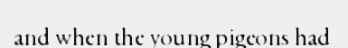
and when the young pigeons had